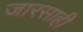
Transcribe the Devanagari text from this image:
जारसाही